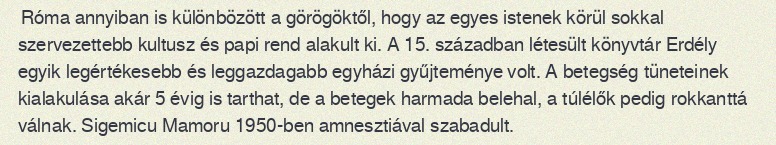
Róma annyiban is különbözött a görögöktől, hogy az egyes istenek körül sokkal szervezettebb kultusz és papi rend alakult ki. A 15. században létesült könyvtár Erdély egyik legértékesebb és leggazdagabb egyházi gyűjteménye volt. A betegség tüneteinek kialakulása akár 5 évig is tarthat, de a betegek harmada belehal, a túlélők pedig rokkanttá válnak. Sigemicu Mamoru 1950-ben amnesztiával szabadult.